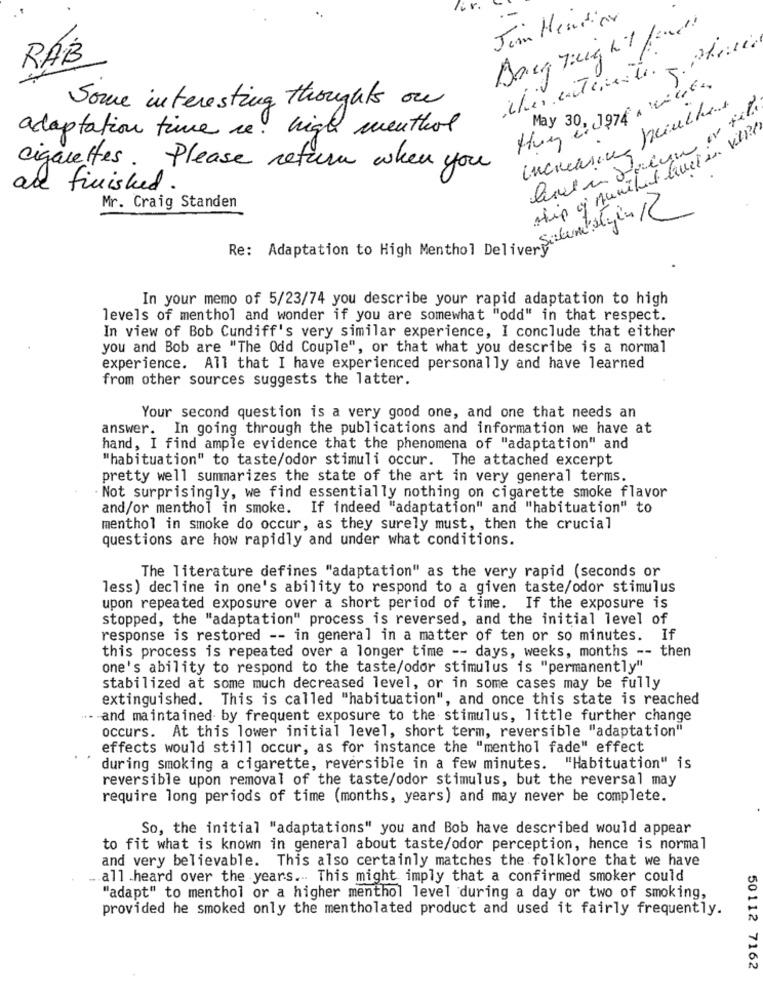
Er.
Jim Hention
RAB
Some interesting thoughts on
May 30, 1974 . wiele
increasing freinches
adaptation time re. high menthol
ship of nanihet buet in vill
cigarettes. Please return when you?
are finished .
Mr. Craig Standen
Re: Adaptation to High Menthol Delive Salumistyin /C
In your memo of 5/23/74 you describe your rapid adaptation to high
levels of menthol and wonder if you are somewhat "odd" in that respect.
In view of Bob Cundiff's very similar experience, I conclude that either
you and Bob are "The Odd Couple", or that what you describe is a normal
experience. All that I have experienced personally and have learned
from other sources suggests the latter.
Your second question is a very good one, and one that needs an
answer. In going through the publications and information we have at
hand, I find ample evidence that the phenomena of "adaptation" and
"habituation" to taste/odor stimuli occur. The attached excerpt
pretty well summarizes the state of the art in very general terms.
Not surprisingly, we find essentially nothing on cigarette smoke flavor
and/or menthol in smoke. If indeed "adaptation" and "habituation" to
menthol in smoke do occur, as they surely must, then the crucial
questions are how rapidly and under what conditions.
The literature defines "adaptation" as the very rapid (seconds or
less) decline in one's ability to respond to a given taste/odor stimulus
upon repeated exposure over a short period of time. If the exposure is
stopped, the "adaptation" process is reversed, and the initial level of
response is restored -- in general in a matter of ten or so minutes. If
this process is repeated over a longer time -- days, weeks, months -- then
one's ability to respond to the taste/odor stimulus is "permanently"
stabilized at some much decreased level, or in some cases may be fully
extinguished. This is called "habituation", and once this state is reached
- and maintained by frequent exposure to the stimulus, little further change
occurs. At this lower initial level, short term, reversible "adaptation"
effects would still occur, as for instance the "menthol fade" effect
during smoking a cigarette, reversible in a few minutes. "Habituation" is
reversible upon removal of the taste/odor stimulus, but the reversal may
require long periods of time (months, years) and may never be complete.
So, the initial "adaptations" you and Bob have described would appear
to fit what is known in general about taste/odor perception, hence is normal
and very believable. This also certainly matches the folklore that we have
all .heard over the years .. This might imply that a confirmed smoker could
"adapt" to menthol or a higher menthol level during a day or two of smoking,
provided he smoked only the mentholated product and used it fairly frequently.
50112 7162